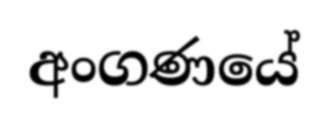
අංගණයේ